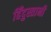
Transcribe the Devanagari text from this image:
हिँदुस्तानी